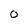
Character: 0